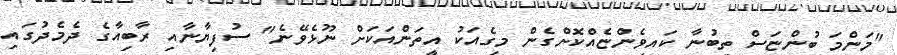
"މަންމަ ބުންޏަސް ތިބުނާ ކައިވެންޏެއްކޮށްގެން މިގެއަކު އީތަންއަކަށް ނޫޅެވޭނެ" ސުފިޔާނާއި ރާބިއާގެ ދެމެދުގައި